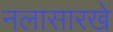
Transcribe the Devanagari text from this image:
नलासारखे